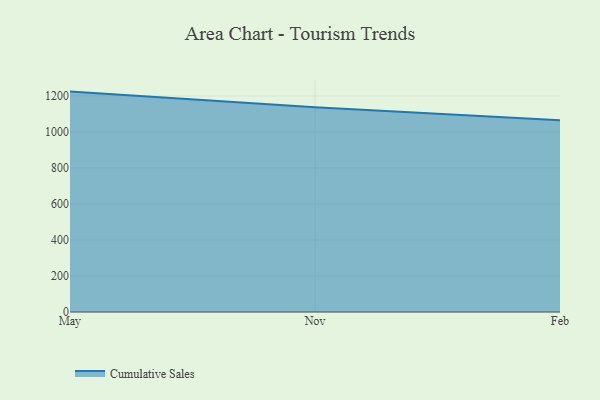
{"axis": {"x": "Month", "y": "Backlog"}, "legend": ["Cumulative Sales"], "data": [{"x": "May", "y": 1224.1, "type": "Cumulative Sales"}, {"x": "Nov", "y": 1137.1, "type": "Cumulative Sales"}, {"x": "Feb", "y": 1064.3, "type": "Cumulative Sales"}]}